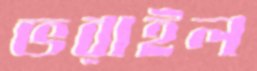
ভরাইল